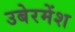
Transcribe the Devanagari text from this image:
उबेरमेंश